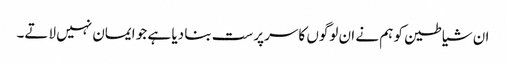
ان شیاطین کو ہم نے ان لوگوں کا سرپرست بنا دیا ہے جو ایمان نہیں لاتے۔